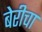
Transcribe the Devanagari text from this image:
बेरीचा